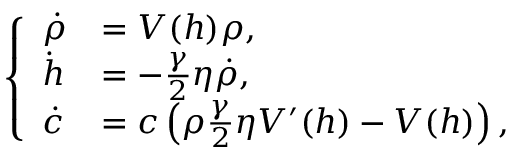
\begin{array} { r } { \left\{ \begin{array} { l l } { \dot { \rho } } & { = V ( h ) \rho , } \\ { \dot { h } } & { = - \frac { \gamma } { 2 } \eta \dot { \rho } , } \\ { \dot { c } } & { = c \left( \rho \frac { \gamma } { 2 } \eta V ^ { \prime } ( h ) - V ( h ) \right) , } \end{array} \right. } \end{array}